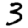
Digit: 3